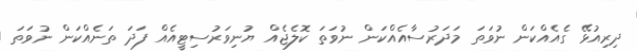
ދިރިއުޅޭ ގެއެއްކަން ނުވަތަ މަދަރުސާއެއްކަން ނުވަތަ ކޮލެޖެއް ޔުނިވަރުސިޓީއެއް ފަދަ ތަނެއްކަން ނުވަތަ